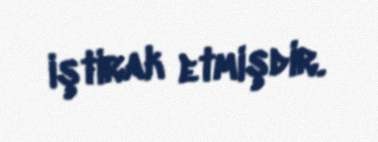
iştirak etmişdir.